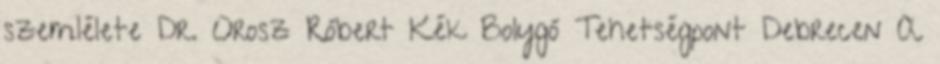
szemlélete Dr. Orosz Róbert Kék Bolygó Tehetségpont Debrecen A